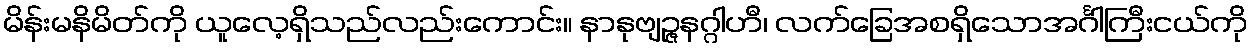
မိန်းမနိမိတ်ကို ယူလေ့ရှိသည်လည်းကောင်း။ နာနုဗျဉ္ဇနဂ္ဂါဟီ၊ လက်ခြေအစရှိသောအင်္ဂါကြီးငယ်ကို